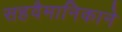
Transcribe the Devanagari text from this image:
सहवैमानिकाने